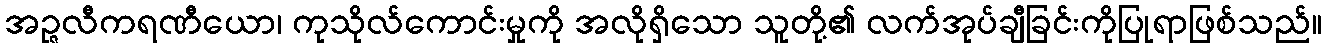
အဉ္ဇလီကရဏီယော၊ ကုသိုလ်ကောင်းမှုကို အလိုရှိသော သူတို့၏ လက်အုပ်ချီခြင်းကိုပြုရာဖြစ်သည်။